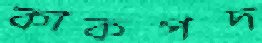
কাকপদ